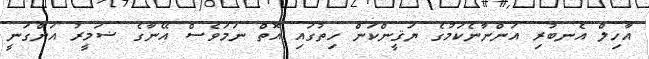
އާހިލް އެނބުރި އަންނާނެކަމުގެ ޔަޤީންކަން ހިތުގައި އޮތް ނަމަވެސް އޭނާގެ ޟަމީރު އަންގަނީ